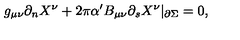
g _ { \mu \nu } \partial _ { n } X ^ { \nu } + 2 \pi \alpha ^ { \prime } B _ { \mu \nu } \partial _ { s } X ^ { \nu } | _ { \partial \Sigma } = 0 ,